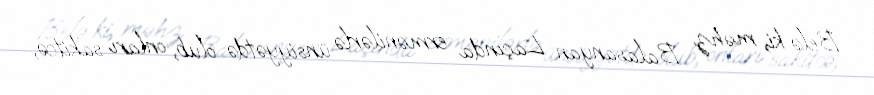
Belə ki, məhz Balasanyan Laçında ermənilərlə ünsiyyətdə olub, onları sakitcə,